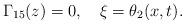
LaTeX: \begin{align*}\Gamma_{15}(z)=0,\ \ \ \xi=\theta_{2}(x,t). \end{align*}